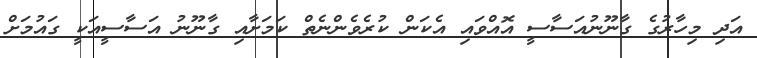
އަދި މިހާރުގެ ގާނޫނުއަސާސީ އޮއްވައި އެކަން ކުރެވެންނެތް ކަމަށާއި ގާނޫނު އަސާސީއަކީ ގައުމަށް